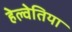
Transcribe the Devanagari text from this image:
हेल्वेतिया